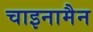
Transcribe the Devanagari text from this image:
चाइनामैन